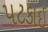
પટકાઇ